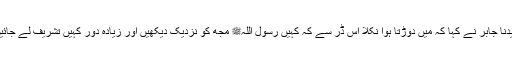
سیدنا جابرؓ نے کہا کہ میں دوڑتا ہوا نکلا اس ڈر سے کہ کہیں رسول اللہﷺ مجھ کو نزدیک دیکھیں اور زیادہ دور کہیں تشریف لے جائیں۔